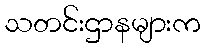
သတင်းဌာနများက